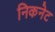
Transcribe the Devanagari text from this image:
निकनेट